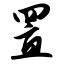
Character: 置